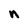
Character: n